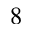
8